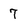
Character: 7